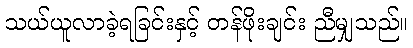
သယ်ယူလာခဲ့ရခြင်းနှင့် တန်ဖိုးချင်း ညီမျှသည်။